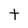
Character: t